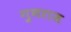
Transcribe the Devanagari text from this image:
गुणराज